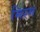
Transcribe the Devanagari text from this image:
मिरग